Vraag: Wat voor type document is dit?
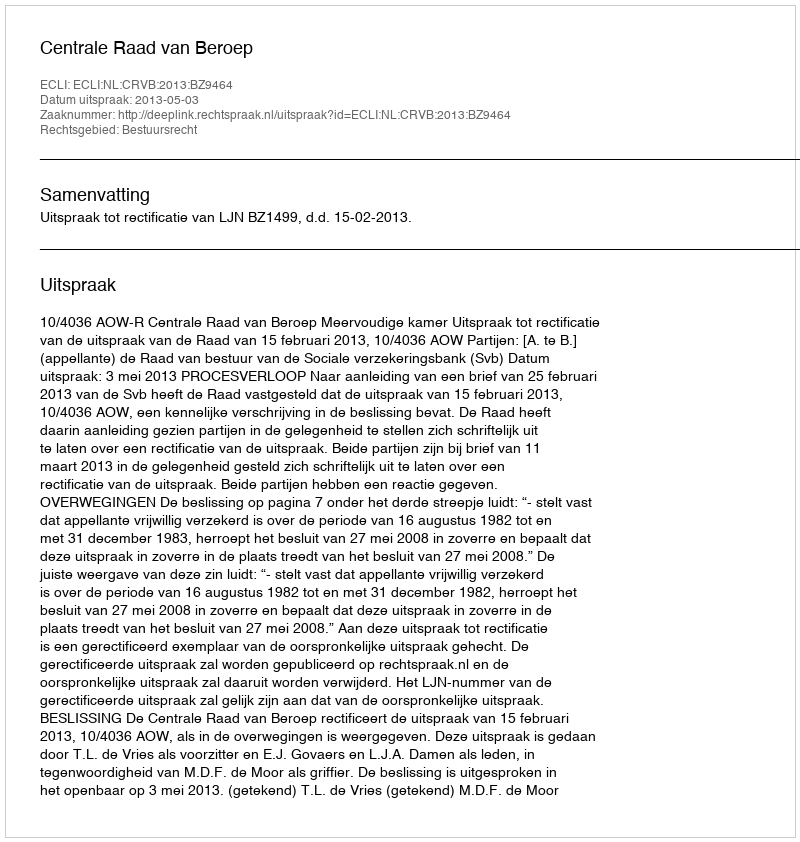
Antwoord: Uitspraak